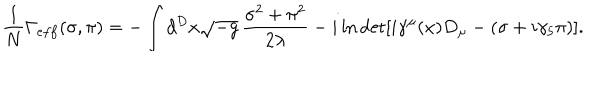
{ \frac { 1 } { N } } \Gamma _ { e f f } ( \sigma , \pi ) = - \int d ^ { D } x \sqrt { - g } \, { \frac { \sigma ^ { 2 } + \pi ^ { 2 } } { 2 \lambda } } - i \ln \det [ i \gamma ^ { \mu } ( x ) D _ { \mu } - ( \sigma + i \gamma _ { 5 } \pi ) ] .